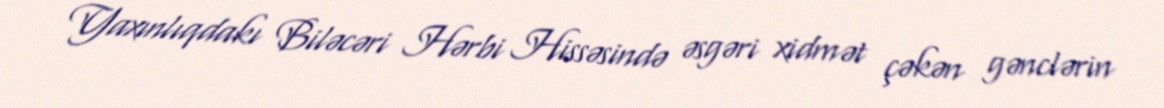
Yaxınlıqdakı Biləcəri Hərbi Hissəsində əsgəri xidmət çəkən gənclərin